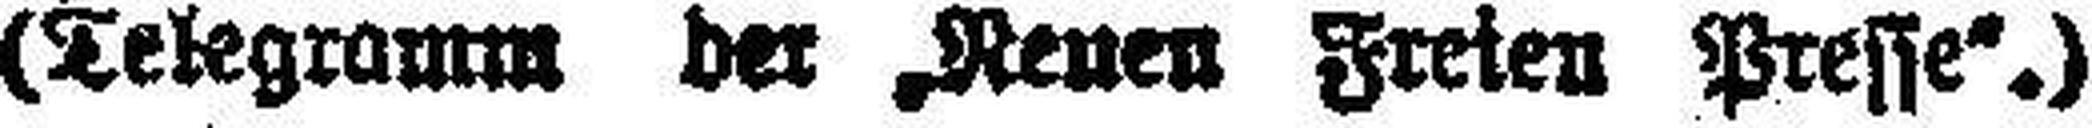
(Telegramm der „Neuen Freien Presse“.)